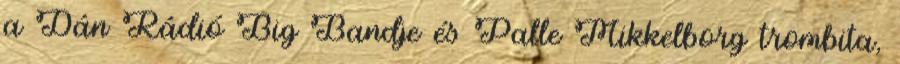
a Dán Rádió Big Bandje és Palle Mikkelborg trombita,